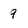
Character: 9